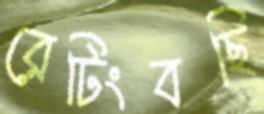
রেটিংবছি